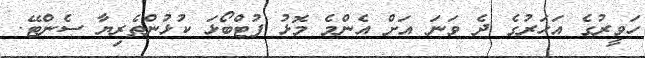
ހަވީރުގެ އަހަރުގެ ދެ ވަނަ އަށް އެންމެ މޮޅު ފުޓްބޯޅަ ކުޅުންތެރިޔާ ސެންޓޭ.